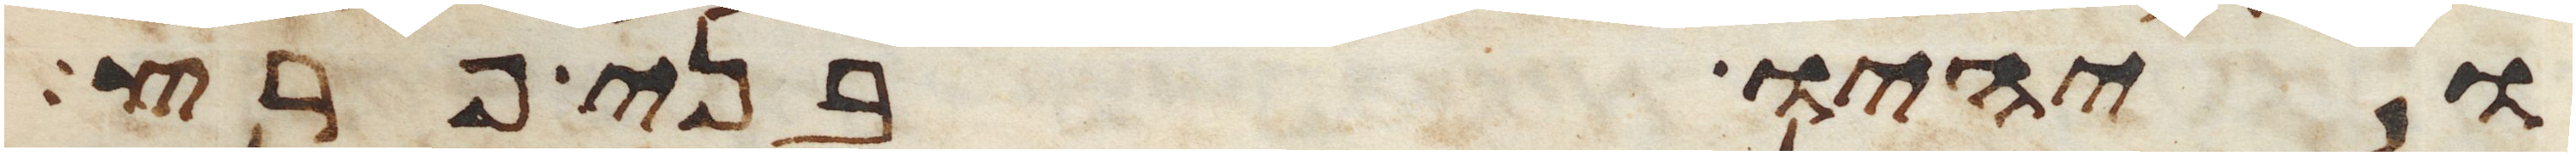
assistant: ויהיו בני פרץ